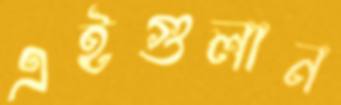
এইগুলান